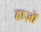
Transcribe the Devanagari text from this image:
हाज़ों